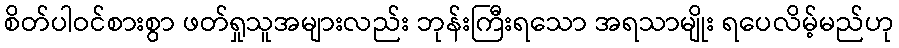
စိတ်ပါဝင်စားစွာ ဖတ်ရှုသူအများလည်း ဘုန်းကြီးရသော အရသာမျိုး ရပေလိမ့်မည်ဟု